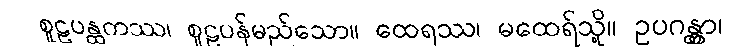
စူဠပန္ထကဿ၊ စူဠပန်မည်သော။ ထေရဿ၊ မထေရ်သို့။ ဥပဂန္တွာ၊